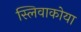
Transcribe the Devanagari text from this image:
स्लिवाकोया